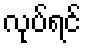
လုပ်ရင်